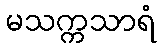
မသက္ကသာရံ